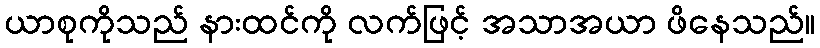
ယာစုကိုသည် နားထင်ကို လက်ဖြင့် အသာအယာ ဖိနေသည်။